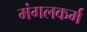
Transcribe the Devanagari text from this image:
मंगलकर्म